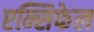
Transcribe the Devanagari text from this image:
एन्सिफेल